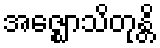
အဇ္ဈောသိတုန္တိ